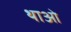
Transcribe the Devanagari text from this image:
थाओ